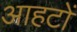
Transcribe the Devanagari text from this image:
आहटों